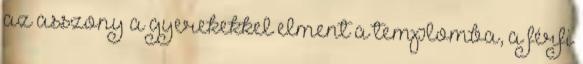
az asszony a gyerekekkel elment a templomba, a férfi